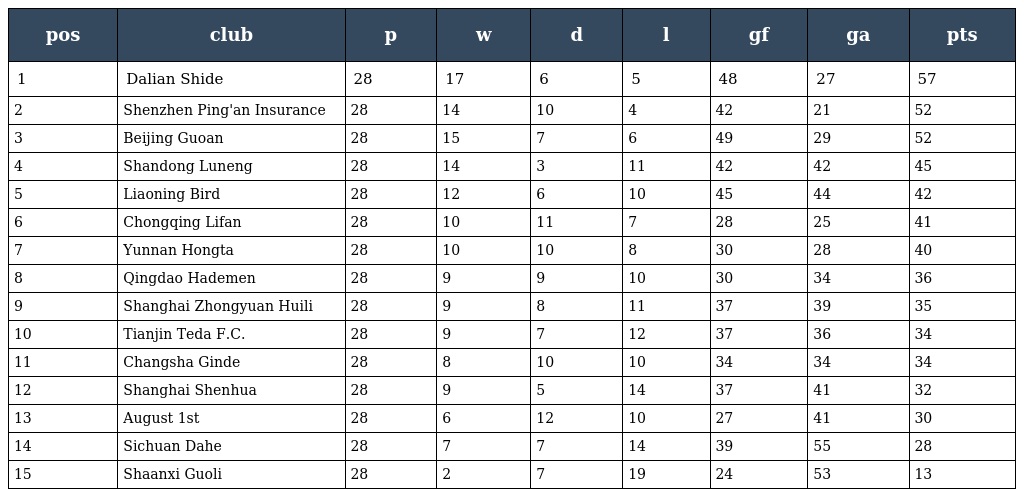
| pos | club | p | w | d | l | gf | ga | pts |
 | --- | --- | --- | --- | --- | --- | --- | --- | --- |
 | 1 | Dalian Shide | 28 | 17 | 6 | 5 | 48 | 27 | 57 |
 | 2 | Shenzhen Ping'an Insurance | 28 | 14 | 10 | 4 | 42 | 21 | 52 |
 | 3 | Beijing Guoan | 28 | 15 | 7 | 6 | 49 | 29 | 52 |
 | 4 | Shandong Luneng | 28 | 14 | 3 | 11 | 42 | 42 | 45 |
 | 5 | Liaoning Bird | 28 | 12 | 6 | 10 | 45 | 44 | 42 |
 | 6 | Chongqing Lifan | 28 | 10 | 11 | 7 | 28 | 25 | 41 |
 | 7 | Yunnan Hongta | 28 | 10 | 10 | 8 | 30 | 28 | 40 |
 | 8 | Qingdao Hademen | 28 | 9 | 9 | 10 | 30 | 34 | 36 |
 | 9 | Shanghai Zhongyuan Huili | 28 | 9 | 8 | 11 | 37 | 39 | 35 |
 | 10 | Tianjin Teda F.C. | 28 | 9 | 7 | 12 | 37 | 36 | 34 |
 | 11 | Changsha Ginde | 28 | 8 | 10 | 10 | 34 | 34 | 34 |
 | 12 | Shanghai Shenhua | 28 | 9 | 5 | 14 | 37 | 41 | 32 |
 | 13 | August 1st | 28 | 6 | 12 | 10 | 27 | 41 | 30 |
 | 14 | Sichuan Dahe | 28 | 7 | 7 | 14 | 39 | 55 | 28 |
 | 15 | Shaanxi Guoli | 28 | 2 | 7 | 19 | 24 | 53 | 13 |